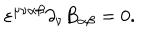
LaTeX: \varepsilon ^ { \mu \nu \alpha \beta } \partial _ { \nu } B _ { \alpha \beta } = 0 .